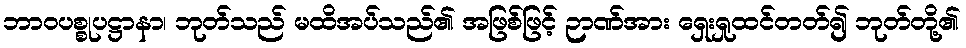
ဘာဝပစ္စုပဋ္ဌာနာ၊ ဘုတ်သည် မထိအပ်သည်၏ အဖြစ်ဖြင့် ဉာဏ်အား ရှေးရှုထင်တတ်၍ ဘုတ်တို့၏